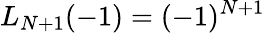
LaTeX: L_{N+1}(-1)=(-1)^{N+1}